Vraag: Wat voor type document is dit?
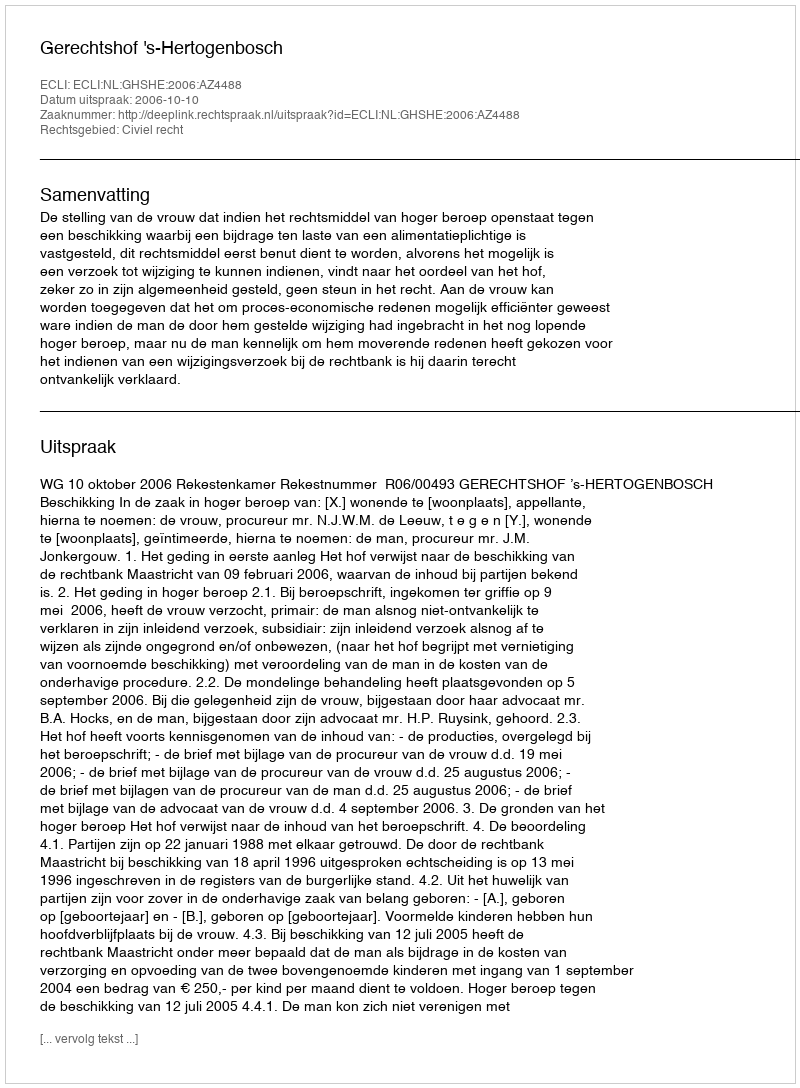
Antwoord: Uitspraak